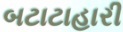
બટાટાહારી